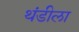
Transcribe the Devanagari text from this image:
थंडीला